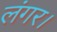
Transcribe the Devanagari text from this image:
लंगर।